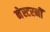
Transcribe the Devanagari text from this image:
नेस्टरनीं